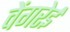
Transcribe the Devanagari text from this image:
वेंगरेई